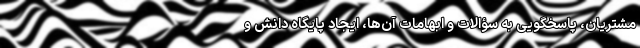
مشتریان، پاسخگویی به سؤالات و ابهامات آن‌ها، ایجاد پایگاه دانش و